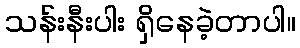
သန်းနီးပါး ရှိနေခဲ့တာပါ။